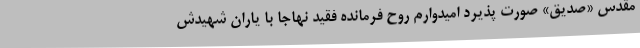
مقدس «صدیق» صورت پذیرد امیدوارم روح فرمانده فقید نهاجا با یاران شهیدش